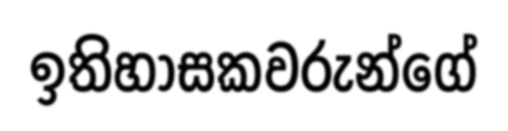
ඉතිහාසකවරුන්ගේ